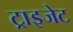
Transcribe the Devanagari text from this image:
ट्राइजेट